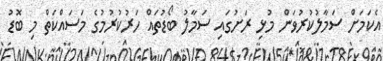
އެކަމަށް ސަމާލުކުރުވަން މުޅި ރަށުގައި ސަމާލު ބޯޑުތައް ހަރުކުރުމުގެ މަސައްކަތް މި ބޮޑު